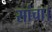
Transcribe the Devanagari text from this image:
सांचा।